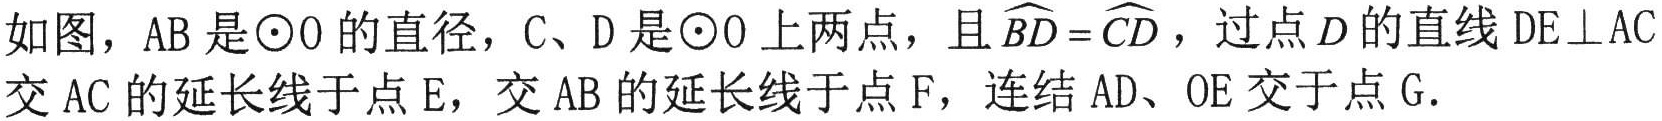
如图，AB 是\(\odot O\)的直径，C、D 是\(\odot O\)上两点，且\(\overset{\frown}{BD}=\overset{\frown}{CD}\)，过点 D 的直线 DE\(\perp\)AC 交 AC 的延长线于点 E，交 AB 的延长线于点 F，连结 AD、OE 交于点 G.